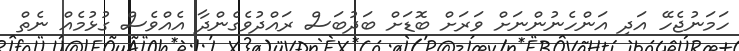
ހަމަނުޖެހޭ އަދި އަންހެނުންނަށް ވަރަށް ބޮޑަށް ބަދުބަސް ރައްދުވެގެންދާ އެއްވެސް ގުޅުމެއް ނެތް